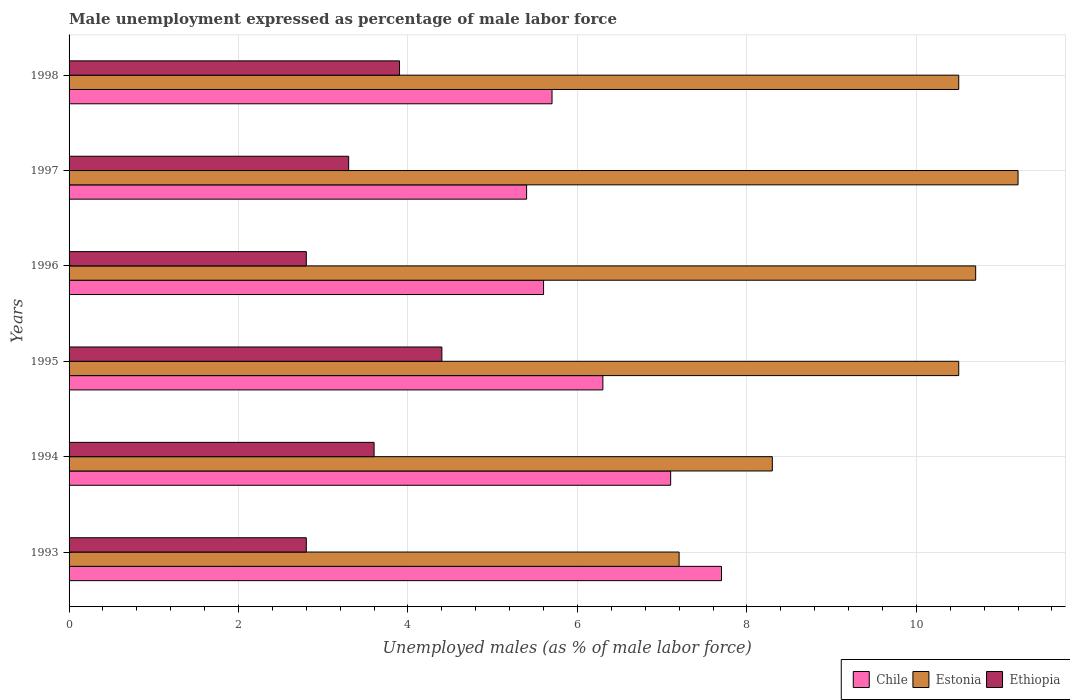
| Years | Chile | Estonia | Ethiopia |
 | --- | --- | --- | --- |
 | 1993 | 7.7 | 7.2 | 2.8 |
 | 1994 | 7.1 | 8.3 | 3.6 |
 | 1995 | 6.3 | 10.5 | 4.4 |
 | 1996 | 5.6 | 10.7 | 2.8 |
 | 1997 | 5.4 | 11.2 | 3.3 |
 | 1998 | 5.7 | 10.5 | 3.9 |